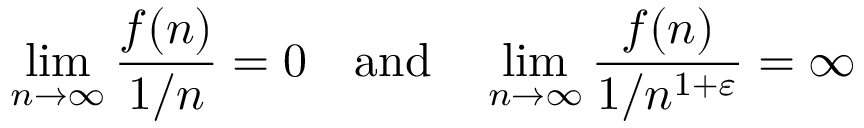
\operatorname* { l i m } _ { n \to \infty } { \frac { f ( n ) } { 1 / n } } = 0 \quad { \mathrm { a n d } } \quad \operatorname* { l i m } _ { n \to \infty } { \frac { f ( n ) } { 1 / n ^ { 1 + \varepsilon } } } = \infty